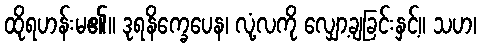
ထိုရဟန်းမ၏။ ဒုရနိက္ခေပေန၊ လုံ့လကို လျှော့ချခြင်းနှင့်။ သဟ၊